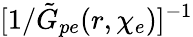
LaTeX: [1/\tilde{G}_{pe}(r,\chi_{e})]^{-1}